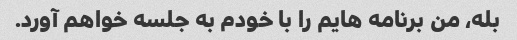
بله، من برنامه هایم را با خودم به جلسه خواهم آورد.